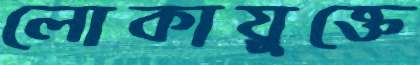
লোকায়ুক্তে